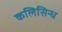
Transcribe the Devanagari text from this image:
कलिसिन्ध